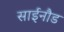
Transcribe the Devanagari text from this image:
साईनौड